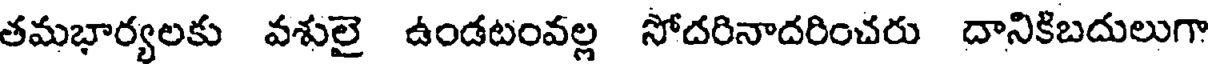
తమభార్యలకు వశులై ఉండటంవల్ల సోదరినాదరించరు దానికిబదులుగా